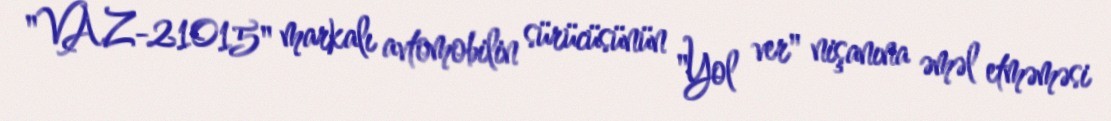
"VAZ-21015" markalı avtomobilin sürücüsünün "Yol ver" nişanına əməl etməməsi